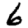
Digit: 6